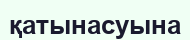
қатынасуына